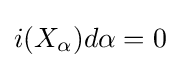
i(X_{\alpha })d\alpha =0